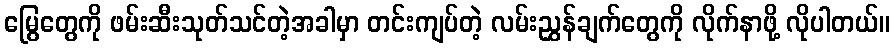
မြွေတွေကို ဖမ်းဆီးသုတ်သင်တဲ့အခါမှာ တင်းကျပ်တဲ့ လမ်းညွှန်ချက်တွေကို လိုက်နာဖို့ လိုပါတယ်။